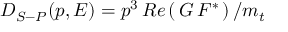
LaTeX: { \cal D } _ { S - P } ( p , E ) = p ^ { 3 } \, { \cal R } e \left( \, G \, F ^ { * } \, \right) / m _ { t }